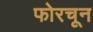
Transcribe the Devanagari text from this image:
फोरचून